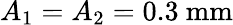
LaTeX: A_{1}=A_{2}=0.3~\mathrm{mm}